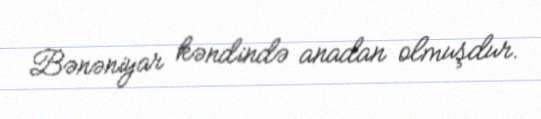
Bənəniyar kəndində anadan olmuşdur.